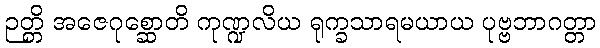
ဉတ္တိ အဇေဂုစ္ဆောတိ ကုဏ္ဍလိယ ရုက္ခသာရမယာယ ပုဗ္ဗဘာဂတ္တာ